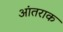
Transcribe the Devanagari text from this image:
आंतराक